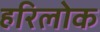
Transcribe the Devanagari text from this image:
हरिलोक